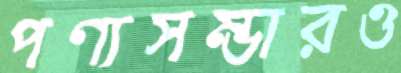
পণ্যসম্ভারও